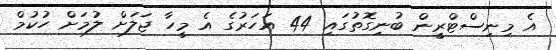
އެ މިނިސްޓްރީން ބުނިގޮތުގައި 44 އަހަރުގެ އެ މީހާ ޖަލަށް ލުމަށް ހުކުމް